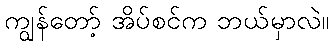
ကျွန်တော့် အိပ်စင်က ဘယ်မှာလဲ။